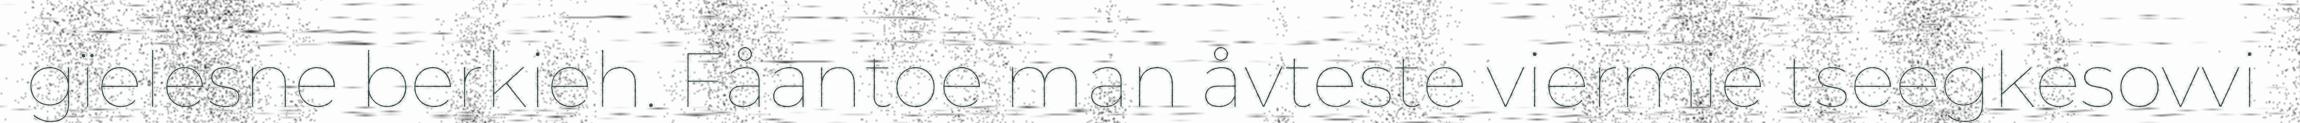
gïelesne berkieh. Fåantoe man åvteste viermie tseegkesovvi